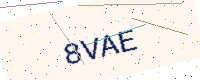
Text: 8VAE